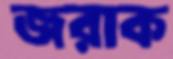
জরাক